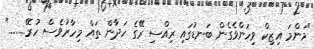
"މަންމަ އިޒިކް ވިހަންވެގެން ބަނޑުގައި ރިއްސި ރޭގެ ހަދާން ތައް މިހާރުވެސް ހުރޭ........"